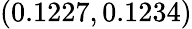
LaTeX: (0.1227,0.1234)